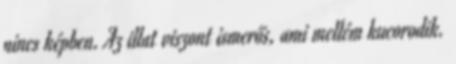
nincs képben. Az illat viszont ismerős, ami mellém kucorodik.